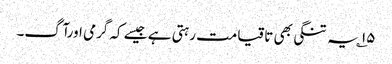
۱۵؎ یہ تنگی بھی تاقیامت رہتی ہے جیسے کہ گرمی اورآگ۔